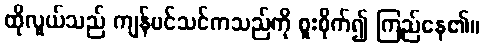
ထိုလူယ်သည် ကျန်ပင်သင်ကသည်ကို စူးစိုက်၍ ကြည်နေ၏။